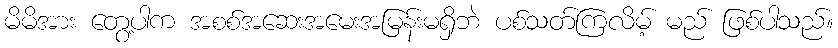
မိမိအား တွေ့ပါက အစစ်အဆေးအမေးအမြန်းမရှိဘဲ ပစ်သတ်ကြလိမ့် မည် ဖြစ်ပါသည်။